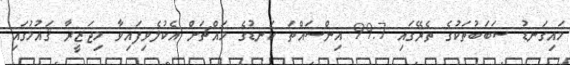
މައިގަނޑު ސަބަބުތަކުގެ ތެރޭގައި 99.7 އިންސައްތަ ކަނޑުގެ މައްޗަށް އެކުލެވިފައިވާ މިޖަޒީރާ ޤައުމުގައި